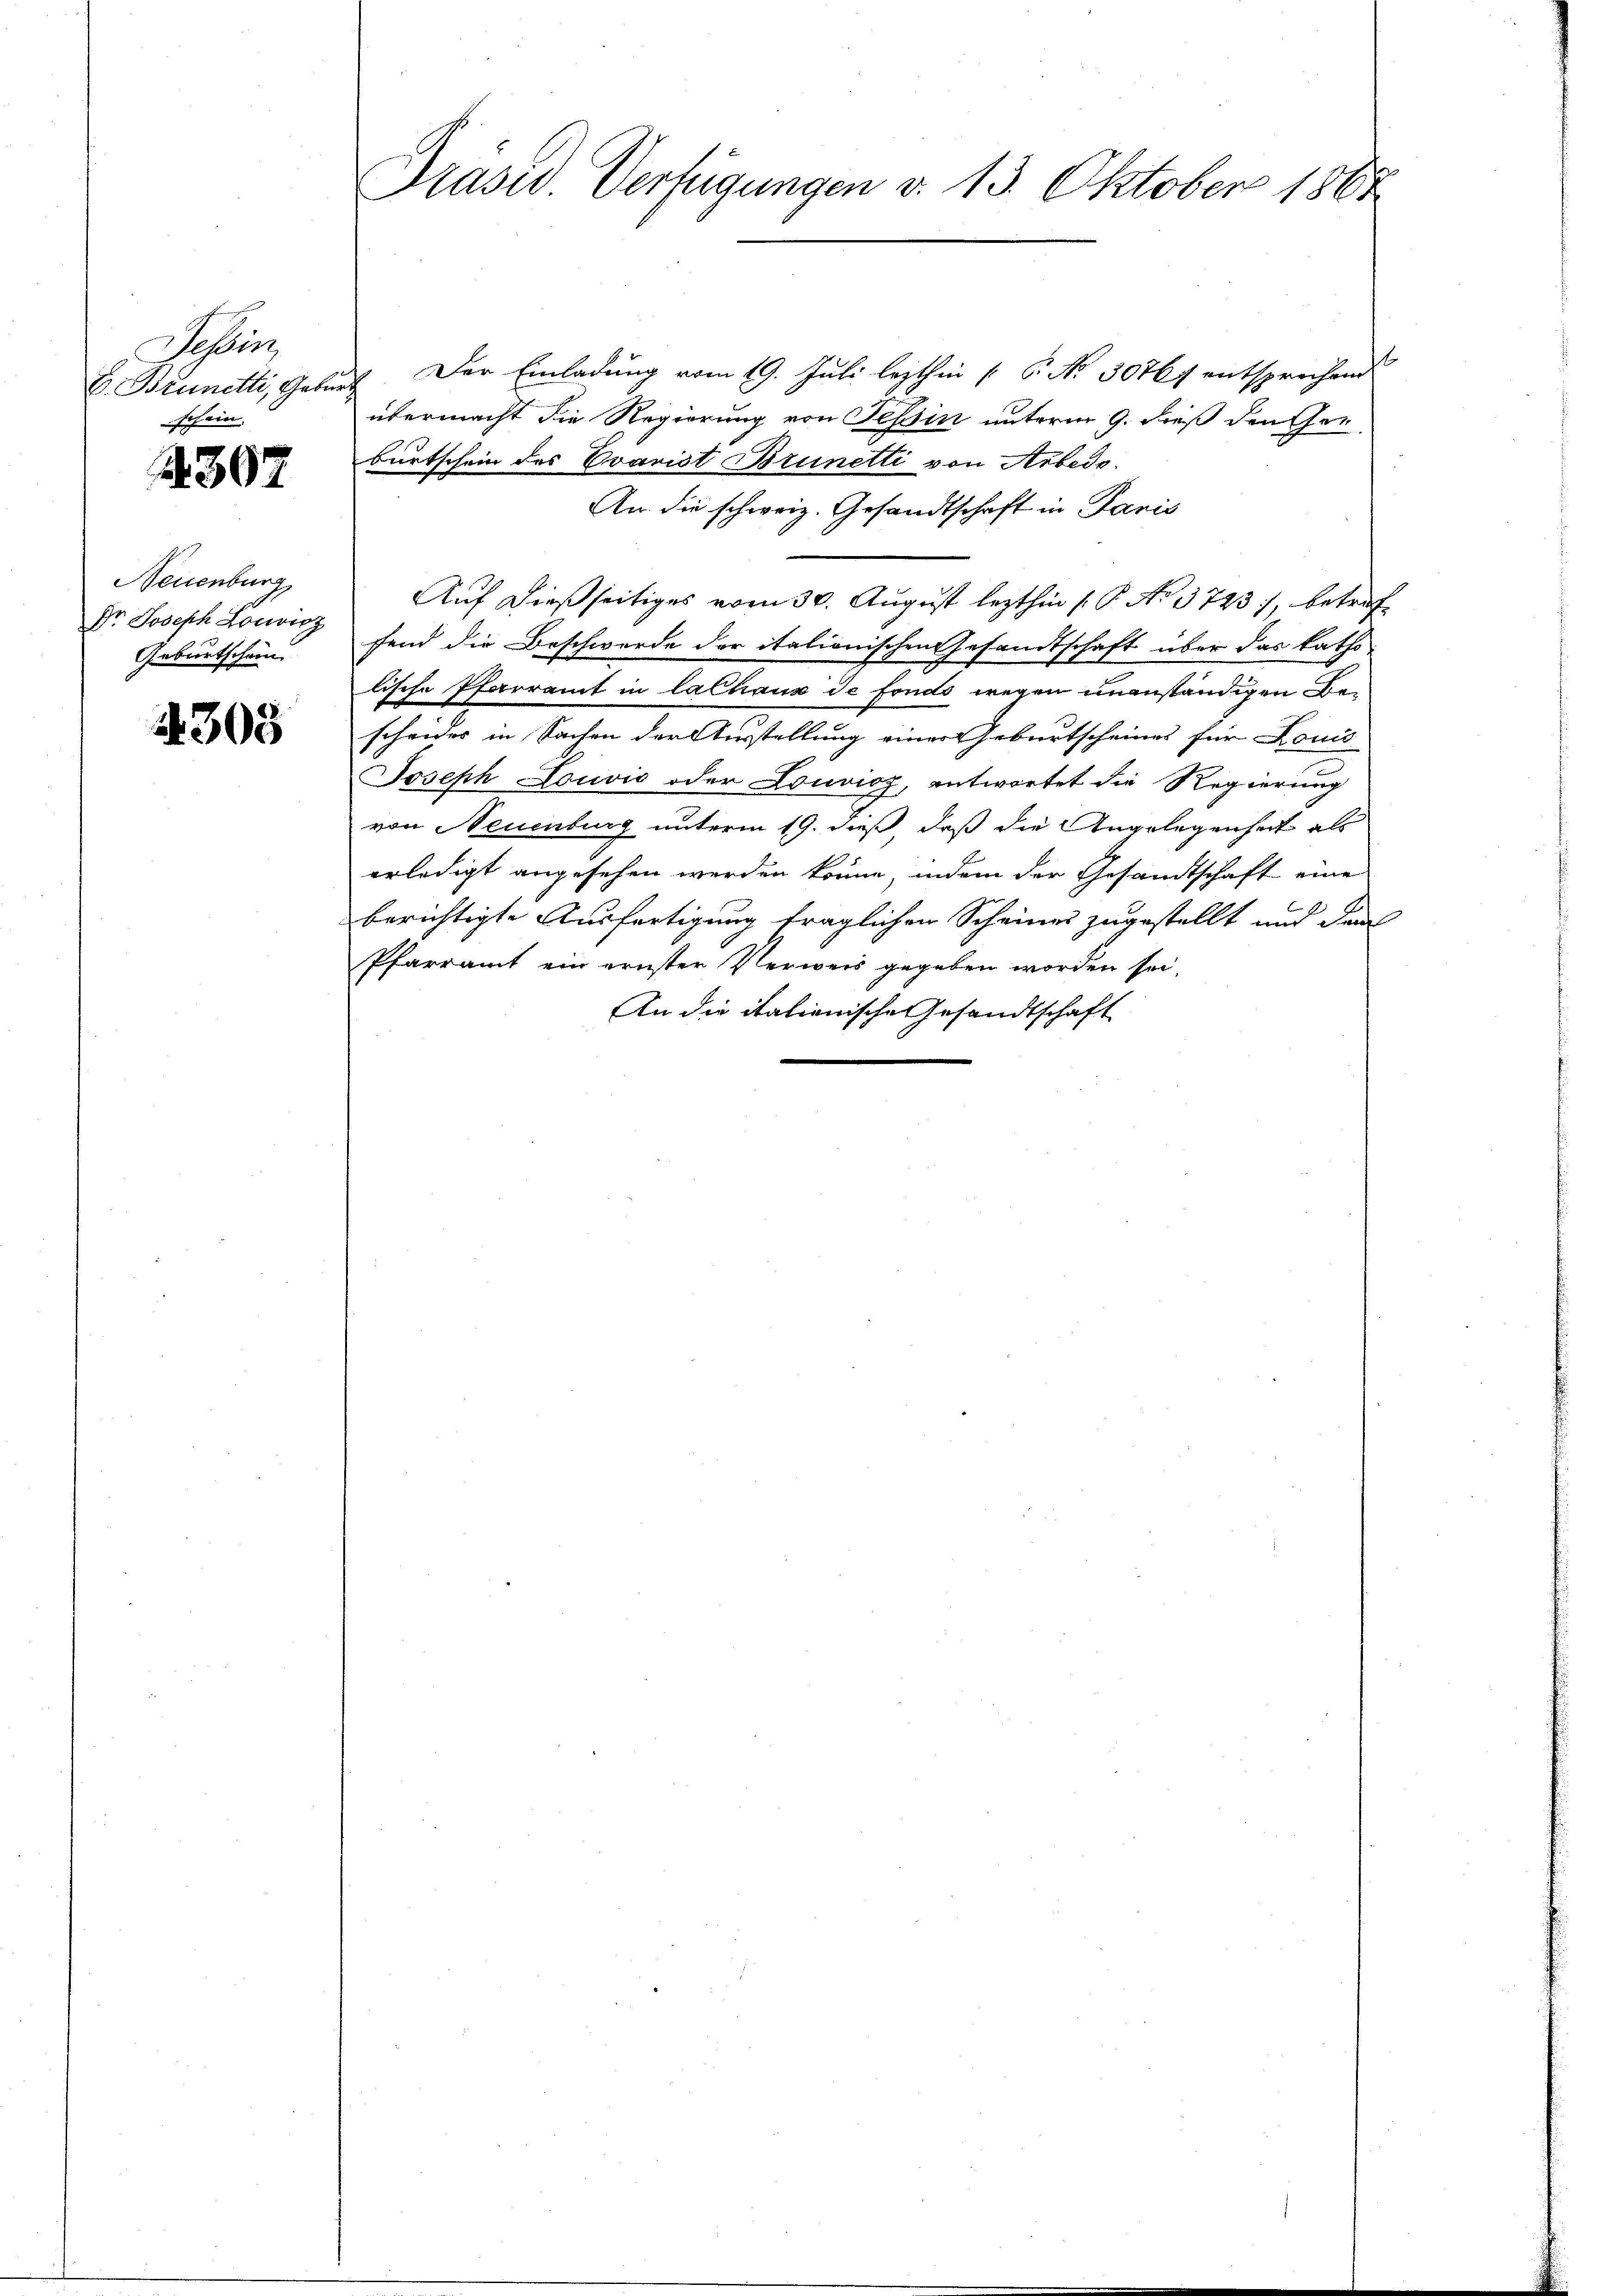
sohin
V. Brunetti, Gebür
schein.

A307

Neuenburg,
Dr. Joseph Louvicz
Geburtschein

4303

Präser Verfügungen v. 13. Oktober 1868

. Der Einladung vom 19. Juli lezthin [S. Nr. 30767 entsprechend
übermacht die Regierung von Tessin unterm 9. dieß den Her
burtschein des Evarist Brunetti von Arbedo.
An die schweiz. Gesandtschaft in Paris
Auf dießseitiges vom 30. August lezthin (: P. No. 3723), betreffend die Beschwerde der itationischen Gesandtschaft über das katho
lische Pfarramt in lalhaus de fonds wegen unanständigen Bescheider in Sachen der Wirstellung einer Geburtscheines für Louis
Joseph Louvio oder Louvioz, antwortet die Regierung
von Neuenburg unterm 19. dieß, daß die Angelegenheit als
erledigt angesehen werden könne, indem der Gesandtschaft eine
berichtigte Ausfertigung fraglichen Scheinen zugestellt und dan
Pfarramt ein ernster Verweis gegeben worden sei,
An die italienische Gesandtschaft